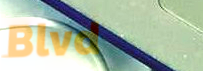
Blvd